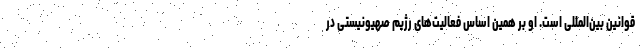
قوانین بین‌المللی است. او بر همین اساس فعالیت‌های رژیم صهیونیستی در